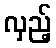
လှည့်